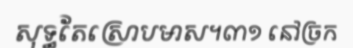
សុទ្ធតែស្រោបមាស។៣១ នៅច្រក